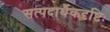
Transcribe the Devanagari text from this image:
सत्पदार्थैकदृष्टिः